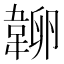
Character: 𰆔